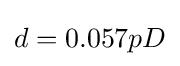
d=0.057pD